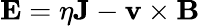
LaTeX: {\mathbf E}=\eta{\mathbf J}-{\mathbf v}\times{\mathbf B}